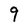
Character: 9